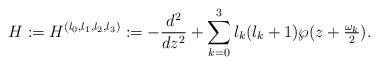
LaTeX: \begin{align*}H:=H^{(l_{0},l_{1},l_{2},l_{3})}:=-\frac{d^{2}}{dz^{2}}+\sum_{k=0}^{3}l_{k}(l_{k}+1)\wp(z+\tfrac{\omega_{k}}{2}). \end{align*}